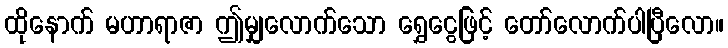
ထိုနောက် မဟာရာဇာ ဤမျှလောက်သော ရွှေငွေဖြင့် တော်လောက်ပါပြီလော။